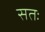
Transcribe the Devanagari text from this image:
सतः